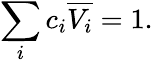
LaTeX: \sum_{i}c_{i}{\overline{{V_{i}}}}=1.